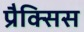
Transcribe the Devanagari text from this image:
प्रैक्सिस